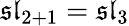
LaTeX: {\mathfrak{sl}}_{2+1}={\mathfrak{sl}}_{3}